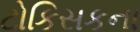
ટોકિસકના